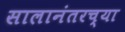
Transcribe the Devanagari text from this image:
सालानंतरच्या